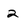
Character: 2